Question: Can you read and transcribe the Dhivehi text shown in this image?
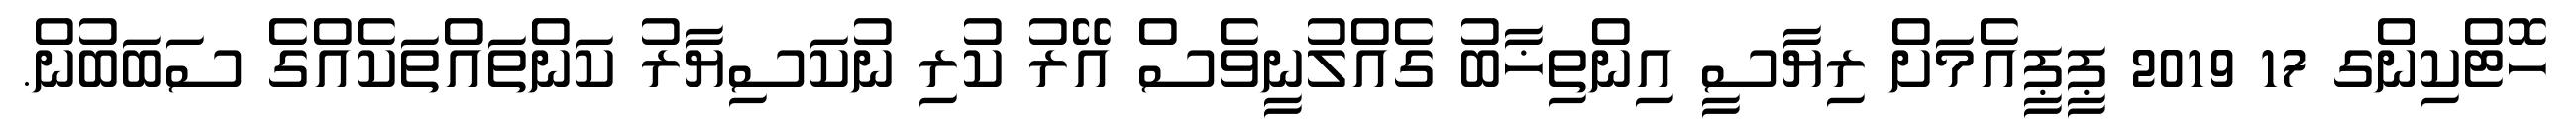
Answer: ހޮޓްކިންގ 17 2019 ޕީޕީއެމަށް ރިޔާސީ އިންތިޚާބު ގެއްލުނީވެސް އޭރު ކުރި ނުކަސިޔާރު ކަންތައްތަކެއްގެ ސަބަބުން.